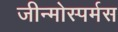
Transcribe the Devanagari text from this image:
जीन्मोस्पर्मस